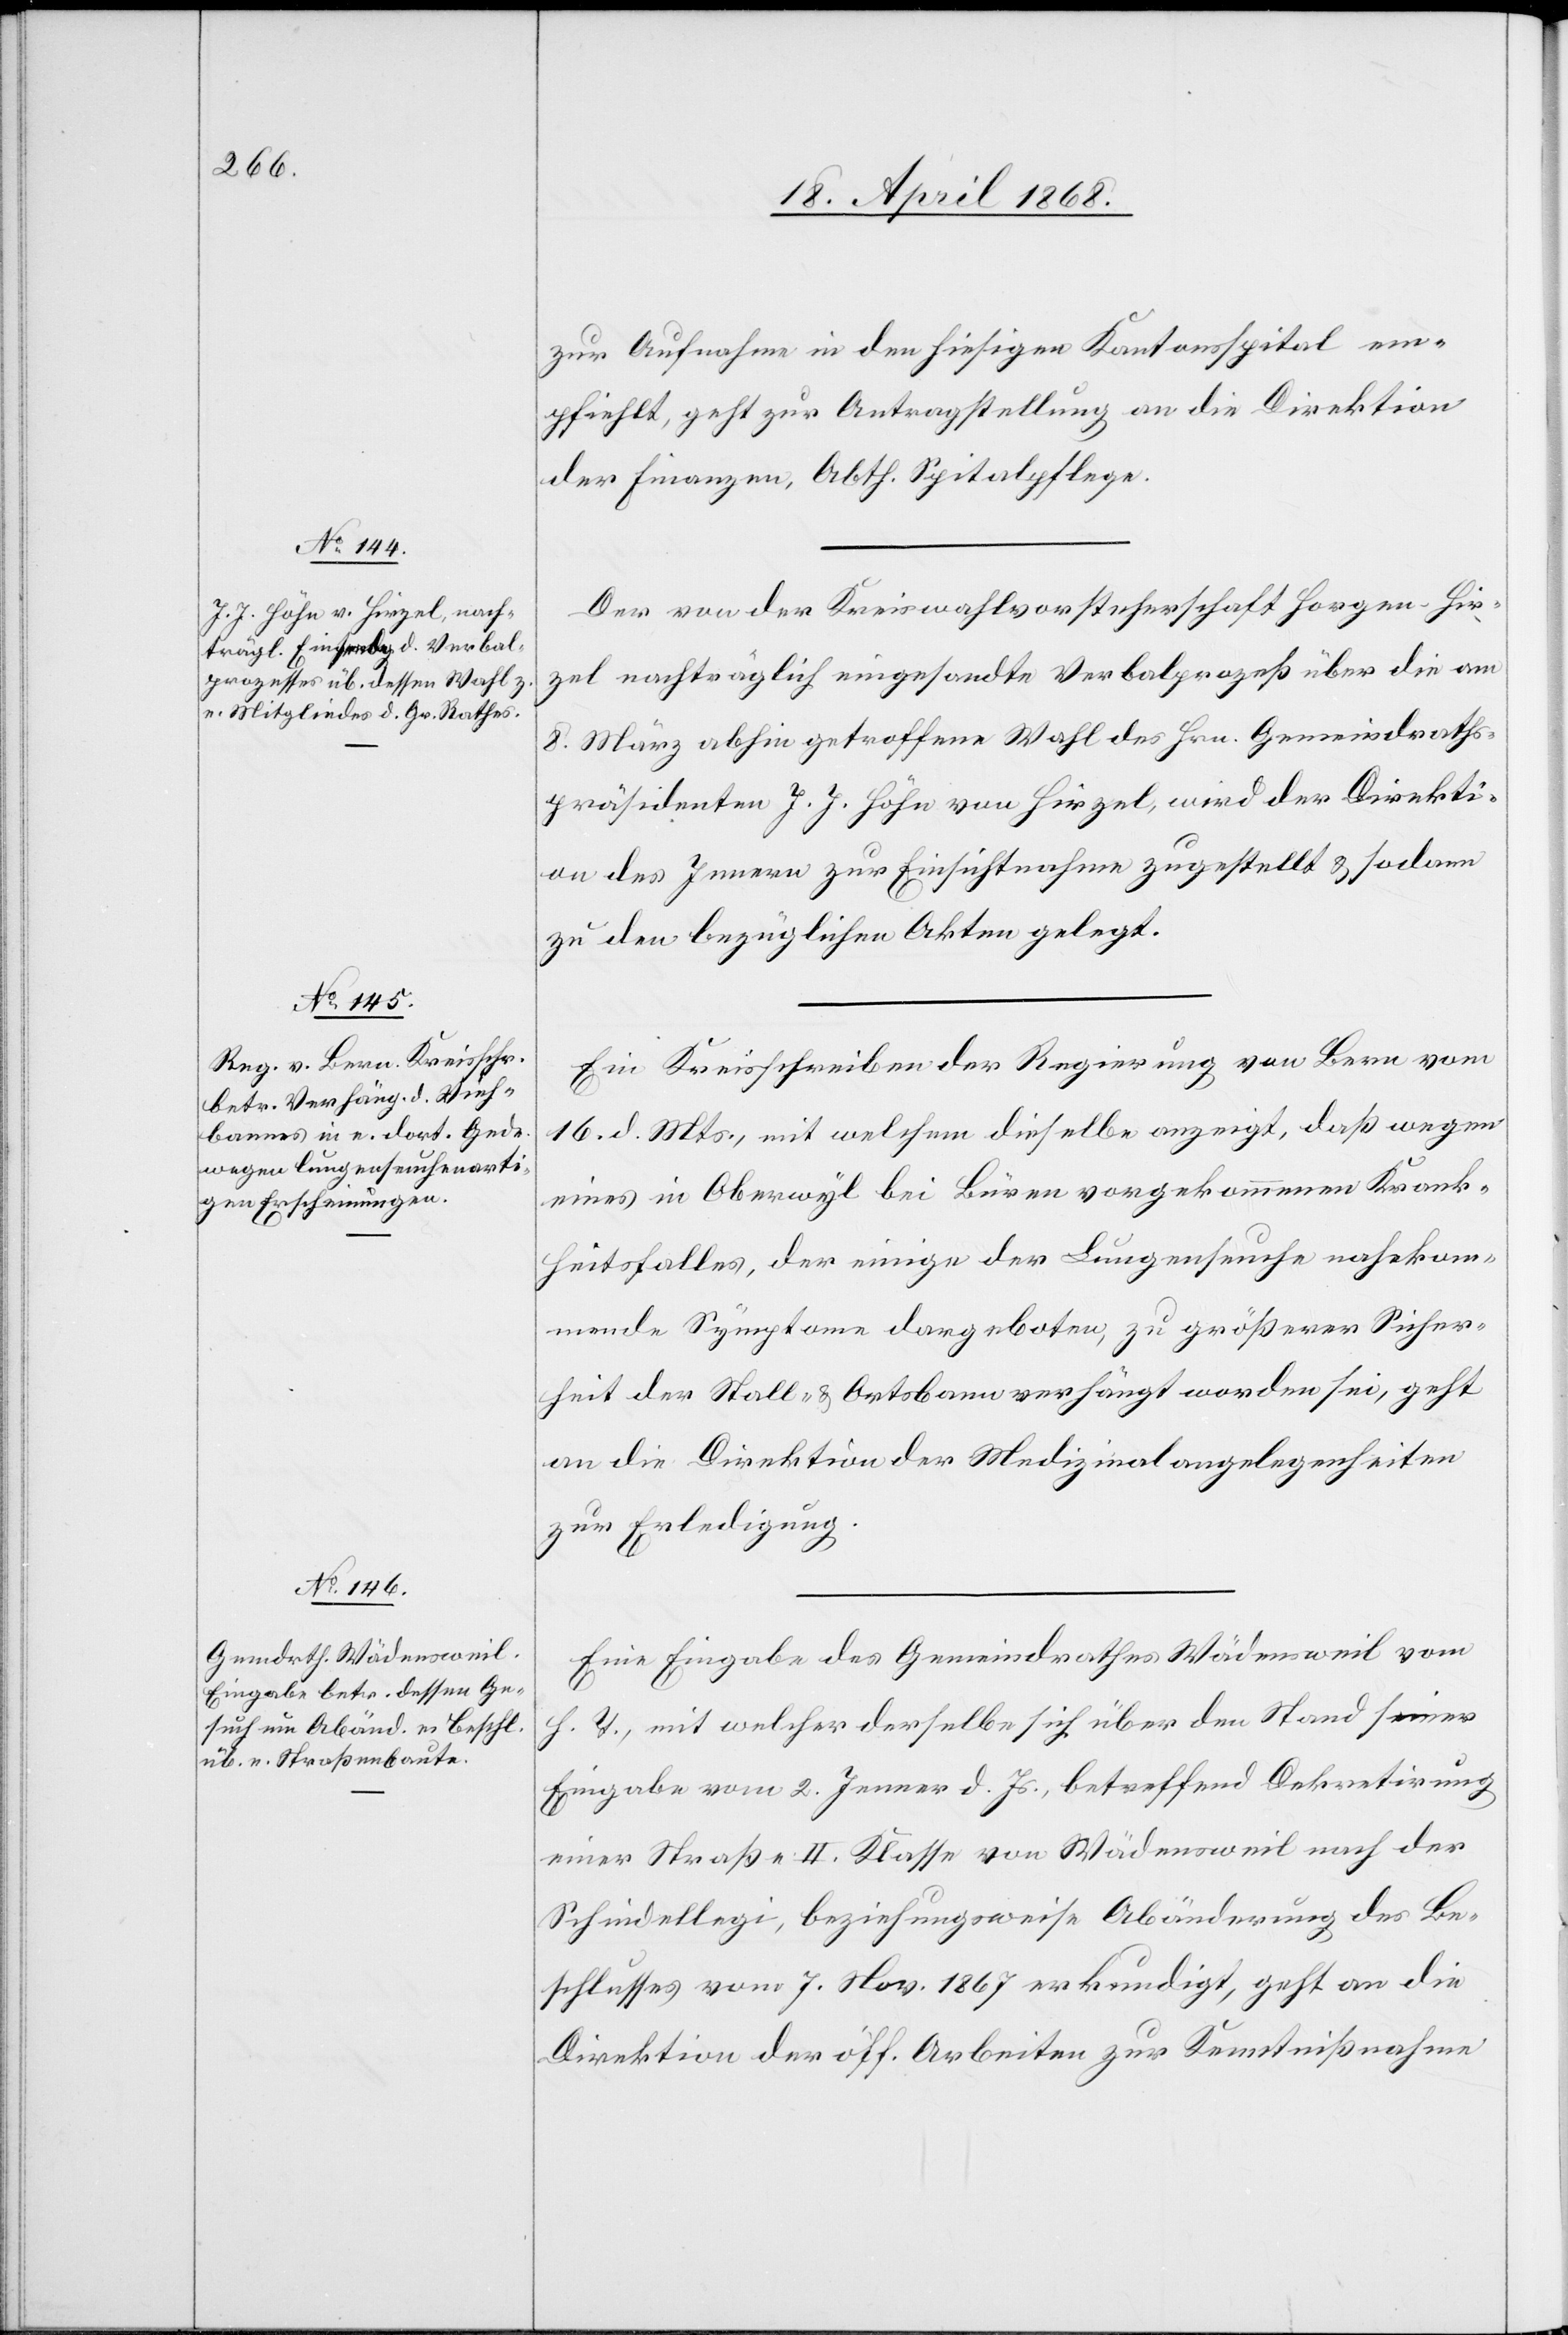
20. April 1868.]
zur Aufnahme in den hiesigen Kantonsspital em¬
pfiehlt, geht zur Antragstellung an die Direktion
der Finanzen, Abth. Spitalpflege.
Der von der Kreiswahlvorsteherschaft Horgen-Hir¬
zel nachträglich eingesandte Verbalprozeß über die am
8. März abhin getroffene Wahl des Hrn. Gemeindraths¬
präsidenten J. J. Höhn von Hirzel, wird der Direkti¬
on des Innern zur Einsichtnahme zugestellt & sodann
zu den bezüglichen Akten gelegt.
Ein Kreisschreiben der Regierung von Bern vom
16. d. Mts., mit welchem dieselbe anzeigt, daß wegen
eines in Oberwyl bei Büren vorgekommenen Krank¬
heitsfalles, der einige der Lungenseuche nahekom¬
mende Symptome dargeboten, zu größerer Sicher¬
heit der Stall- & Ortsbann verhängt worden sei, geht
an die Direktion der Medizinalangelegenheiten
zur Erledigung.
Eine Eingabe des Gemeindrathes Wädensweil vom
h. T., mit welcher derselbe sich über den Stand seiner
Eingabe vom 2. Jenner d. Js., betreffend Dekretirung
einer Straße II. Klasse von Wädensweil nach der
Schindellegi, beziehungsweise Abänderung des Be¬
schlusses vom 7. Nov. 1867 erkundigt, geht an die
Direktion der öff. Arbeiten zur Kenntnißnahme